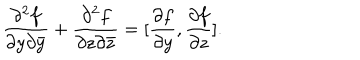
\frac { \partial ^ { 2 } f } { \partial y \partial \bar { y } } + \frac { \partial ^ { 2 } f } { \partial z \partial \bar { z } } = [ \frac { \partial f } { \partial y } , \frac { \partial f } { \partial z } ] .